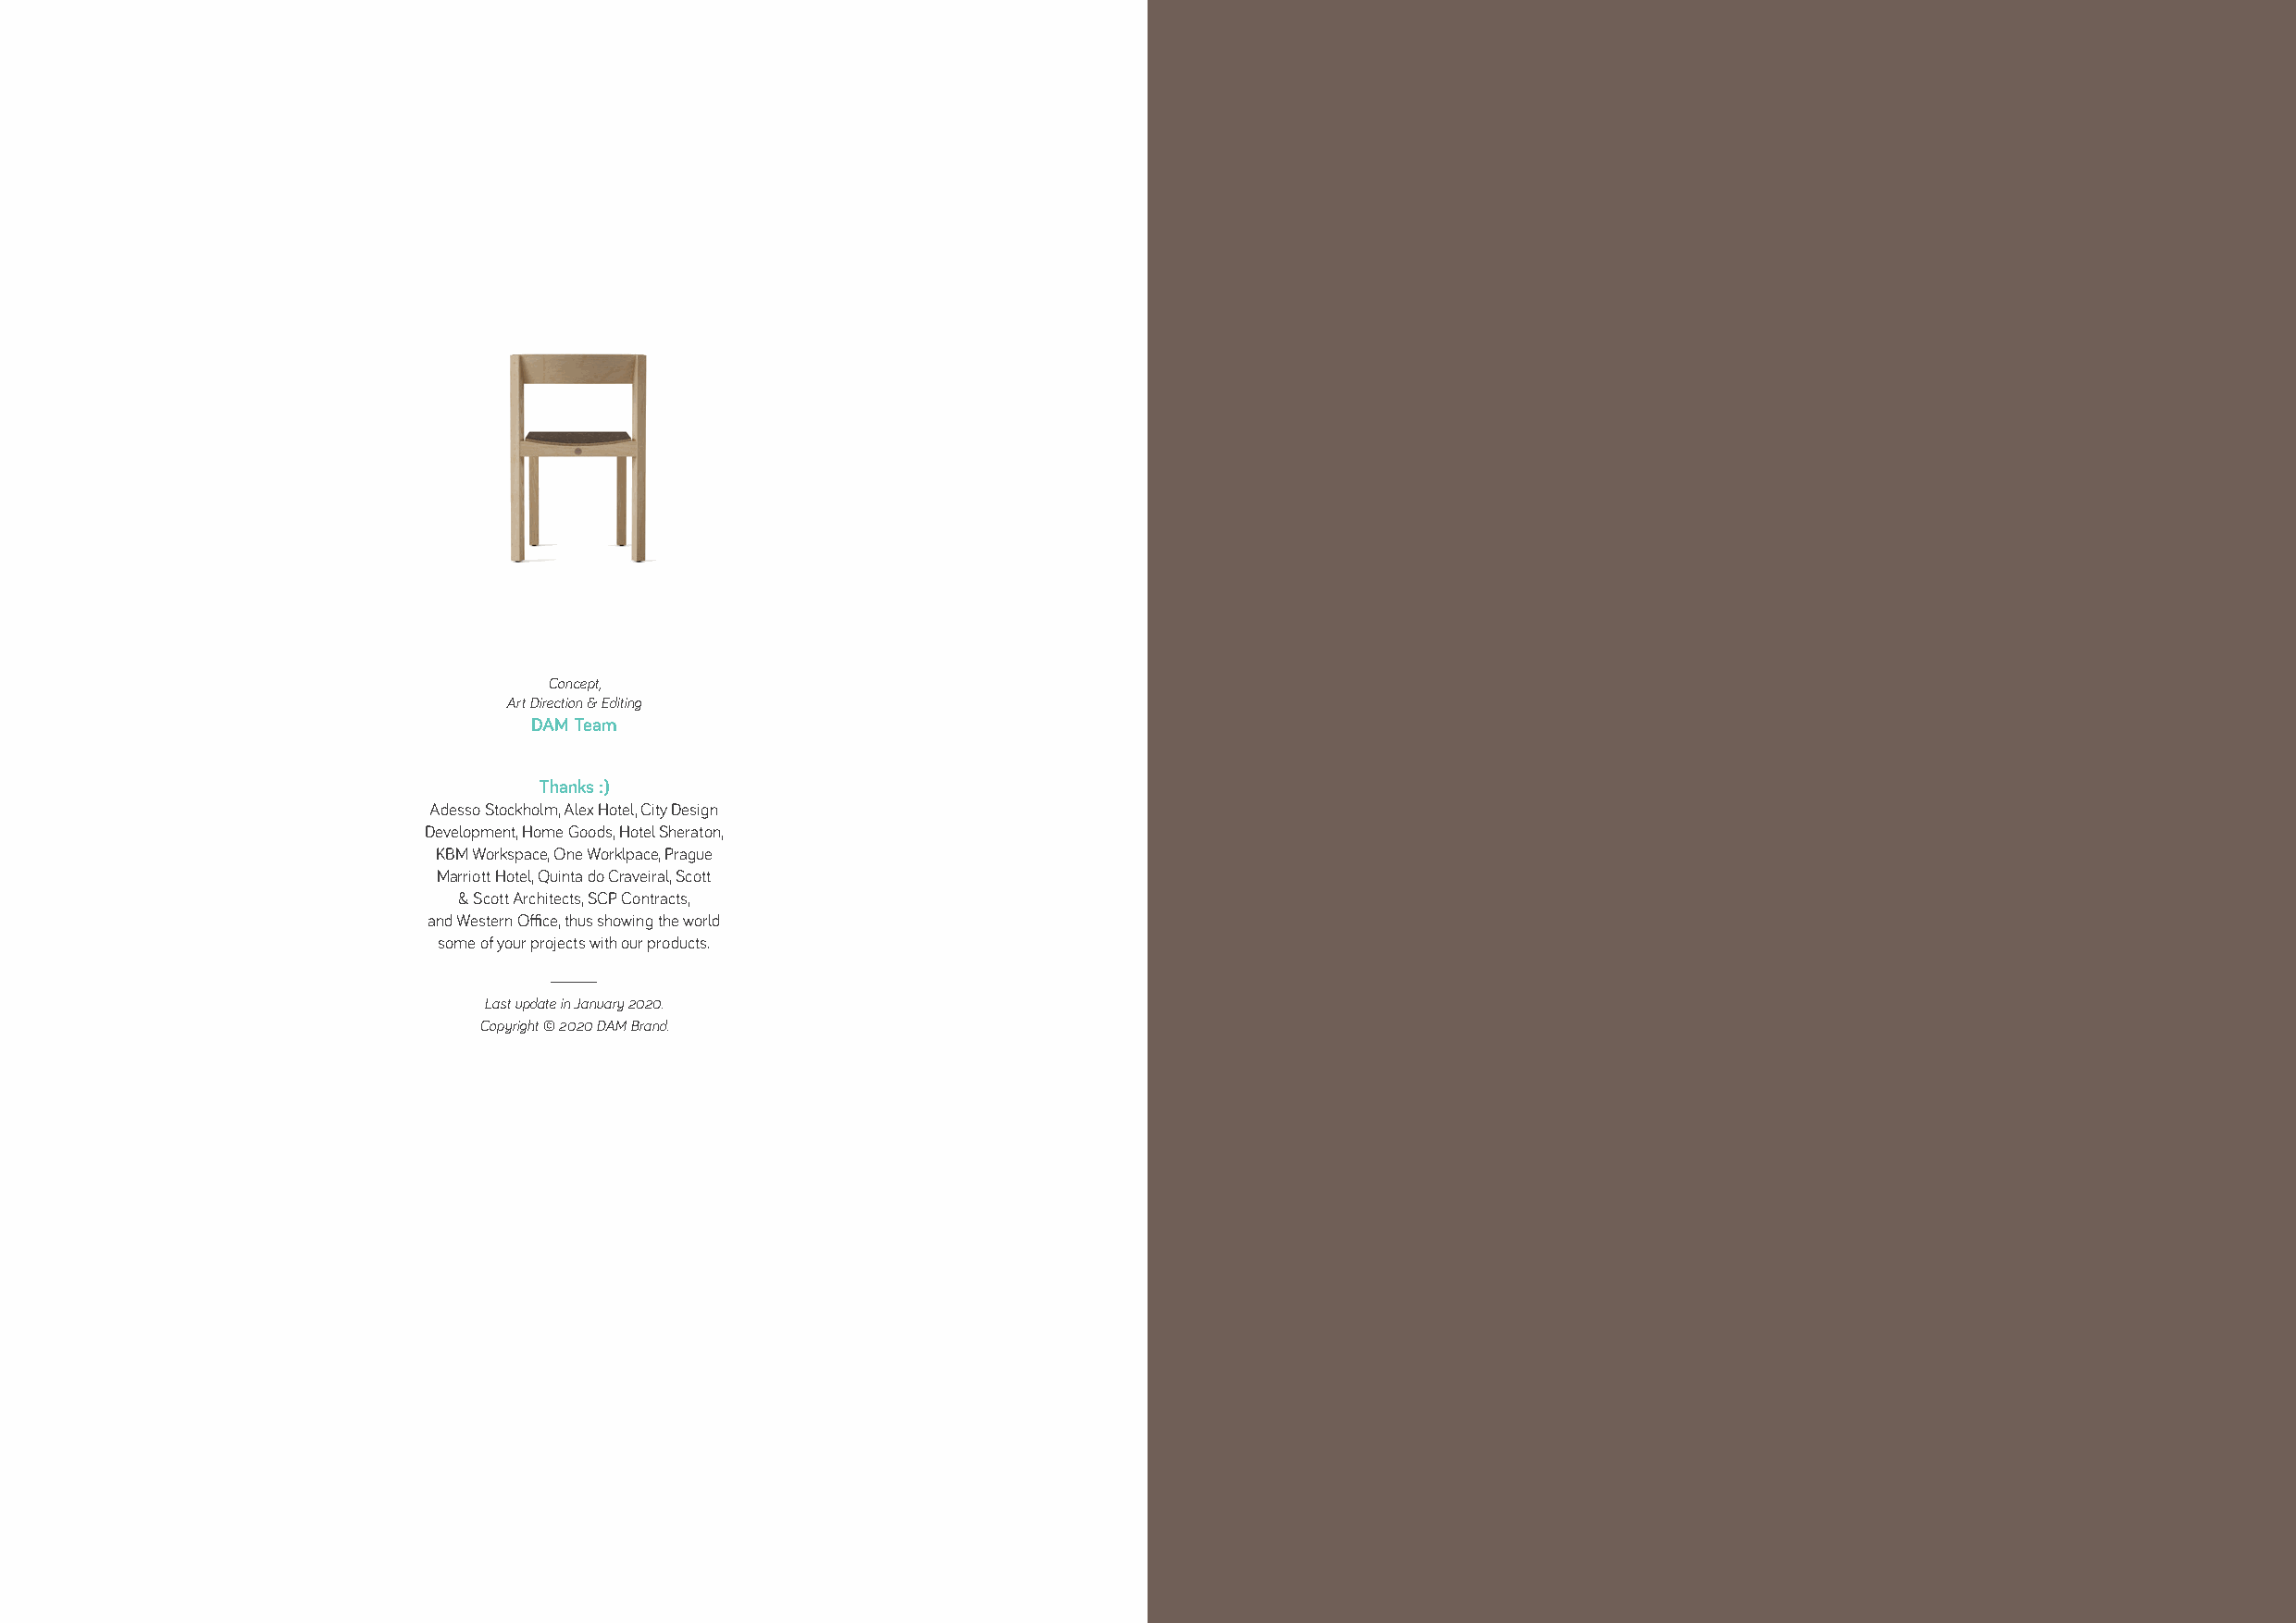
Concept,
 Art Direction & Editing
 DAM Team
 Thanks :)
 Adesso Stockholm, Alex Hotel, City Design
 Development, Home Goods, Hotel Sheraton,
 KBM Workspace, One Worklpace, Prague
 Marriott Hotel, Quinta do Craveiral, Scott
 & Scott Architects, SCP Contracts,
 and Western Office, thus showing the world
 some of your projects with our products.
 Last update in January 2020.
 Copyright © 2020 DAM Brand.